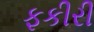
ફકીરી